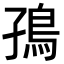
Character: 𮬪